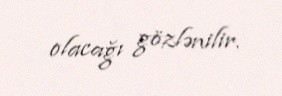
olacağı gözlənilir.